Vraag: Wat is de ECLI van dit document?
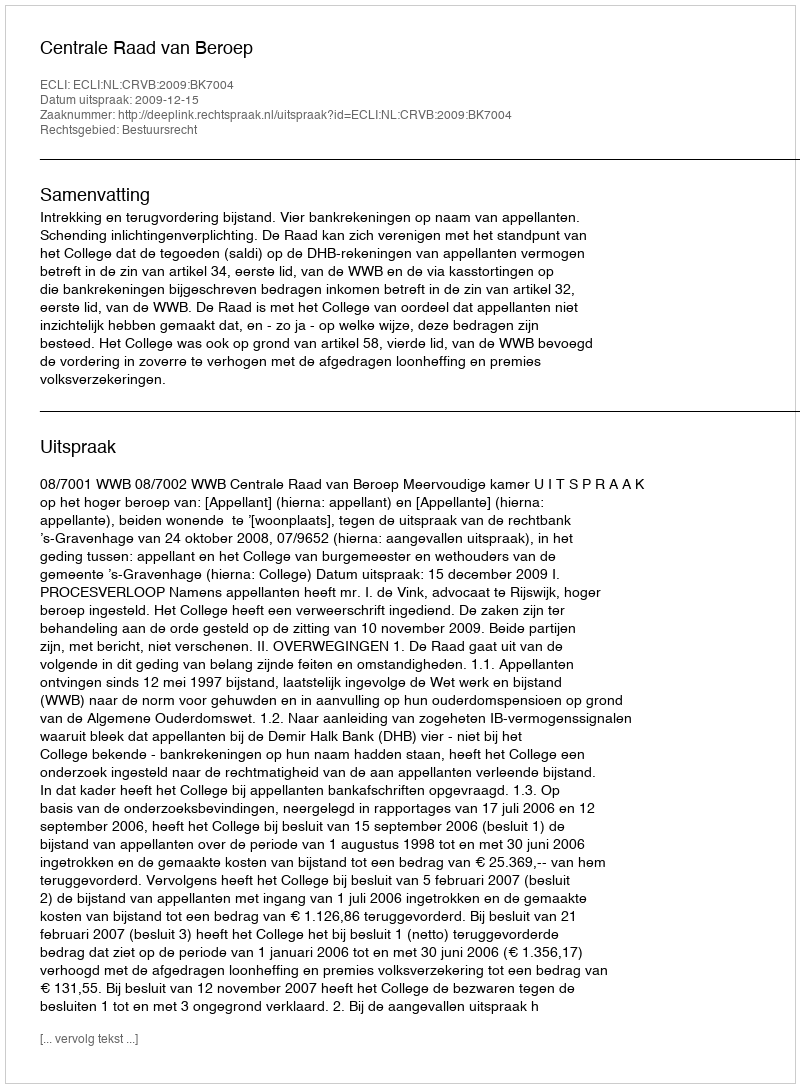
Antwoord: ECLI:NL:CRVB:2009:BK7004